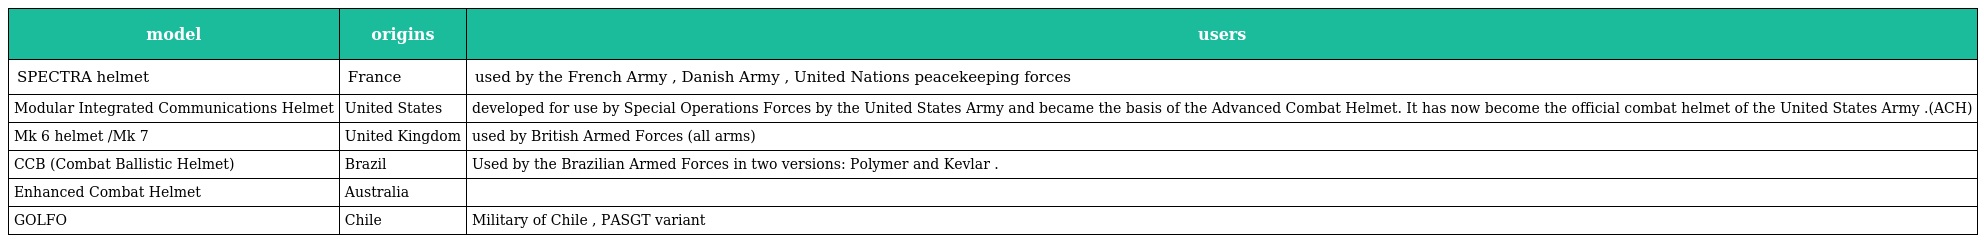
| model | origins | users |
 | --- | --- | --- |
 | SPECTRA helmet | France | used by the French Army , Danish Army , United Nations peacekeeping forces |
 | Modular Integrated Communications Helmet | United States | developed for use by Special Operations Forces by the United States Army and became the basis of the Advanced Combat Helmet. It has now become the official combat helmet of the United States Army .(ACH) |
 | Mk 6 helmet /Mk 7 | United Kingdom | used by British Armed Forces (all arms) |
 | CCB (Combat Ballistic Helmet) | Brazil | Used by the Brazilian Armed Forces in two versions: Polymer and Kevlar . |
 | Enhanced Combat Helmet | Australia |  |
 | GOLFO | Chile | Military of Chile , PASGT variant |